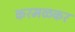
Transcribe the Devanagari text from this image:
करमळकर